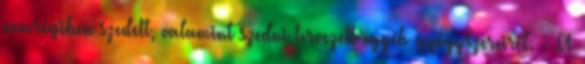
nemrégiben szedett, valamint szedni tervezett egyéb gyógyszereiről. - A